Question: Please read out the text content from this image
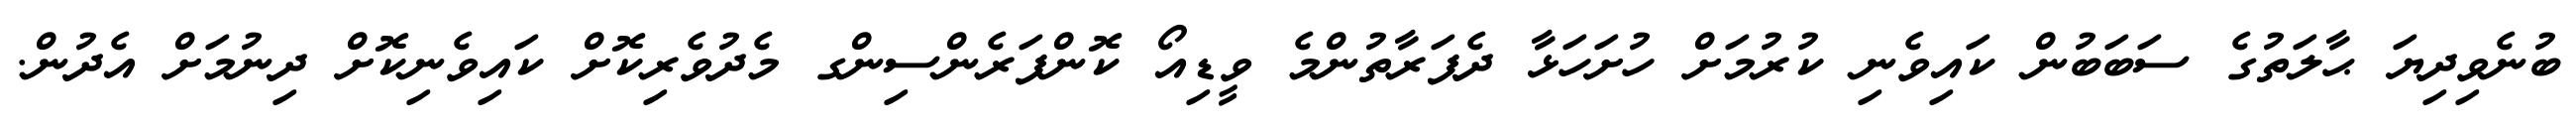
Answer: ބުނެވިދިޔަ ޙާލަތުގެ ސަބަބުން ކައިވެނި ކުރުމަށް ހުށަހަޅާ ދެފަރާތުންމެ ވީޑިއޯ ކޮންފަރެންސިންގ މެދުވެރިކޮށް ކައިވެނިކޮށް ދިނުމަށް އެދުން.